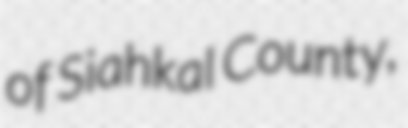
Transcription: of Siahkal County,